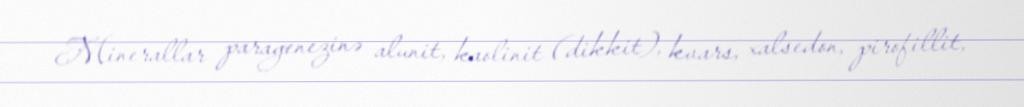
Minerallar paragenezinə alunit, kaolinit (dikkit), kvars, xalsedon, pirofillit,